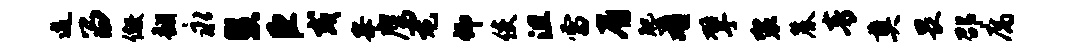
逗留儆翻永慧臣或峰鹰龙仰使沮雷眉肥肴擘袈麓青奠畏邵腐